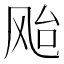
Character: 𱃗